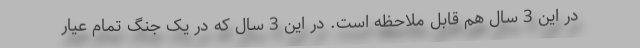
در این 3 سال هم قابل ملاحظه است. در این 3 سال که در یک جنگ تمام عیار